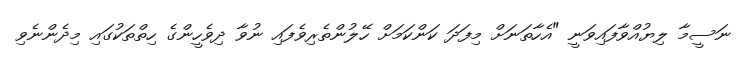
ނަސީމާ ލިޔުއްވާފައިވަނީ "އެހާތަނަށް މިފަދަ ކަންކަމަށް ހޭލުންތެރިވެފައި ނުވާ ދިވެހީންގެ ހިތްތަކުގައި މިދެންނެވި